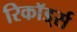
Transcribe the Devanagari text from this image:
रिकॉड्‌र्स